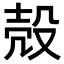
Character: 殻